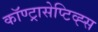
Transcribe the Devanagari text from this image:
कॉण्ट्रासेप्टिव्ह्स